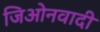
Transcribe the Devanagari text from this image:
जिओनवादी